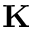
\mathbf { K }